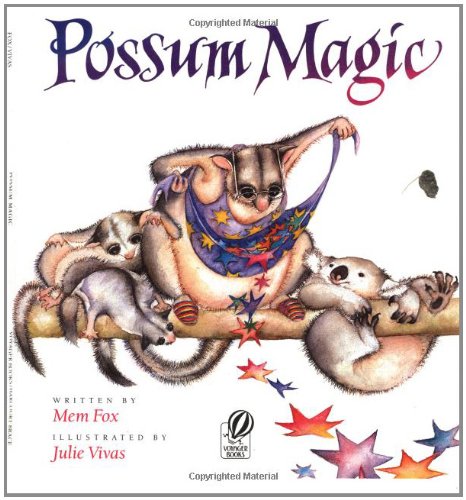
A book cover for Possum Magic (Voyager Books); Mem Fox; Children's Books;